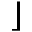
\rfloor